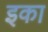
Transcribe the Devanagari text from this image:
इका